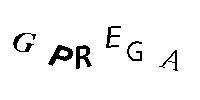
GPREGA